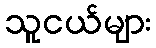
သူငယ်များ